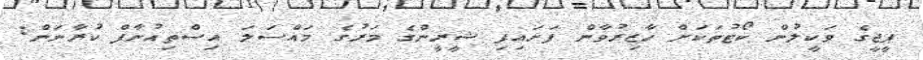
ޕީޖީގެ ވަކީލުން ކޯޓުތަކަށް ހާޒިރުވާން ފަށައިފި ޝީރީންގެ މަރުގެ މައްސަލަ އިސްތިއުނާފް ކުރާނަން: